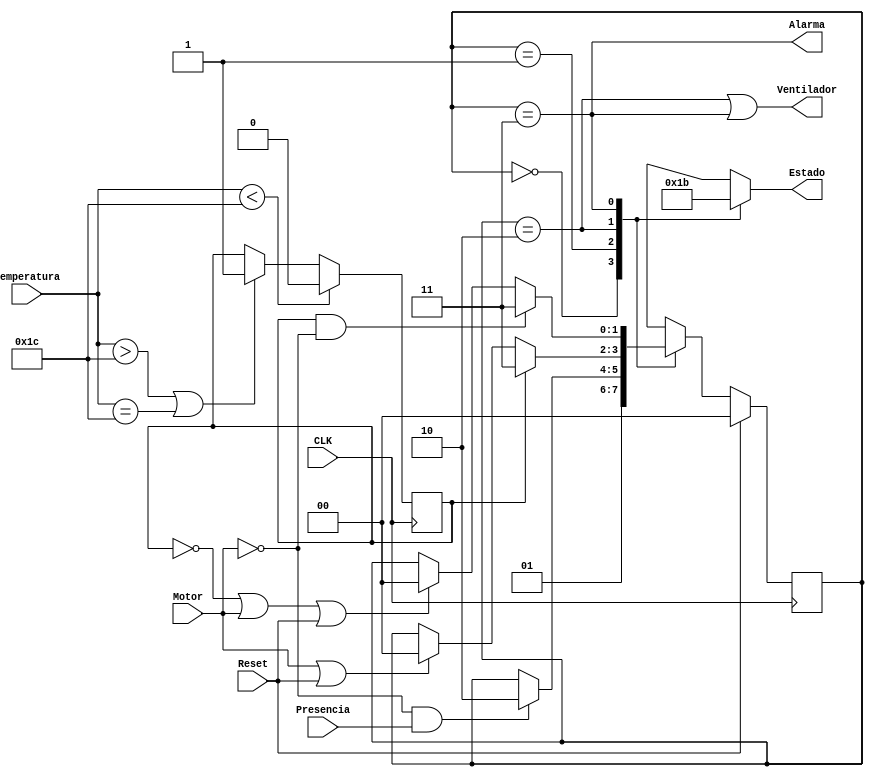
`timescale 1ns / 1ps
//////////////////////////////////////////////////////////////////////////////////
//  
// Proyecto Corto 1
//
//////////////////////////////////////////////////////////////////////////////////
module FSM_Proyecto1(
    input [4:0] Temperatura,
    input Motor,
    input Presencia,
    input Reset,
    input CLK,
    output Ventilador, Alarma,
    output reg [1:0] Estado
    );
	 
	// Decodificador de temperatura 
	reg TC;
	
	always@(posedge CLK) begin
		if (Temperatura < 5'b11100)
			TC <= 1'b0;
		else if ((Temperatura > 5'b11100)|(Temperatura == 5'b11100))
			TC <= 1'b1;
	end
	
//////////////////////////////////////////////////////////////////////////////////
	localparam estado_inicial = 2'd0,
				  estado1 = 2'd1,
				  estado2 = 2'd2,
				  estado3 = 2'd3;
	
	reg [1:0] estado_actual;
	reg [1:0] estado_siguiente;

	always@(posedge CLK) begin 
		if (Reset) 
			estado_actual <= estado_inicial;
		else
			estado_actual <= estado_siguiente;
	end
	
// Condiciones de transicion
	
	always@( * ) begin
	
		estado_siguiente = estado_actual;
		
		case (estado_actual)
			
			estado_inicial : begin estado_siguiente = estado1; end 
			
			estado1 : begin
				if (!Motor & Presencia)
					estado_siguiente = estado2;
				else if (Reset)
					estado_siguiente = estado_inicial;
			end
			
			estado2: begin
				if (TC)
					estado_siguiente = estado3;
				else if (Motor|Reset)
					estado_siguiente = estado_inicial;
			end
			
			estado3: begin
				if (TC & !Motor)
					estado_siguiente = estado3;
				else if (!TC|Motor|Reset)
					estado_siguiente = estado_inicial;
			end
			
		endcase
	end
	
// Salidas
	assign Ventilador = (estado_actual == estado2)|(estado_actual == estado3);
	assign Alarma = estado_actual == estado3;
	
	always@( * ) begin
		
		Estado = 2'b00;
		case (estado_actual)
			estado_inicial : begin Estado = 2'b00; end
			estado1 : begin Estado = 2'b01; end
			estado2 : begin Estado = 2'b10; end
			estado3 : begin Estado = 2'b11; end
		endcase
	end
	
endmodule